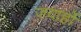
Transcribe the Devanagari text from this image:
जयार्हो